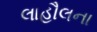
લાહૌલના